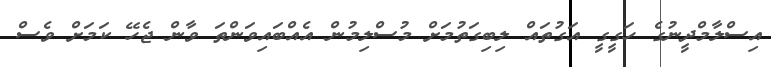
އިސްލާމްދީނުގެ ހަގީގީ އަގުތައް ލިބިގަތުމަށް މުސްލިމުން އެއްބައިވަންތަ ވާން ޖެހޭ ކަމަށް ވެސް